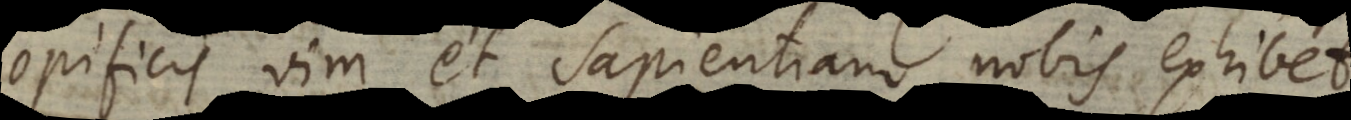
opificis vim et sapientiam nobis exhibet